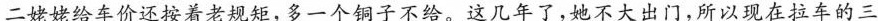
二姥姥给车价还按着老规矩，多一个铜子不给。这几年了，她不大出门，所以现在拉车的三